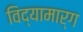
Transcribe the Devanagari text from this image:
विद्यामार्ग